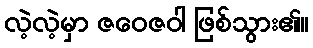
လဲ့လဲ့မှာ ဇဝေဇဝါ ဖြစ်သွား၏။